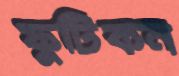
ফুটিকন